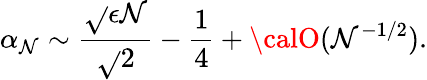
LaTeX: \alpha_{\mathcal{N}}\sim\frac{{\sqrt{}{{\epsilon\mathcal{N}}}}}{{\sqrt{}{{2}}}}-\frac{{1}}{{4}}+{\calO}(\mathcal{N}^{-1/2}).